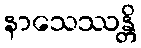
နာသေဿန္တိ